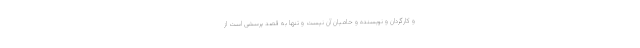
و کارگردان و نویسنده و حامیان آن نیست و تنها به قصد پرسشی است از